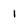
Character: 1